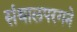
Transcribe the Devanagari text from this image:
संथालपरगने